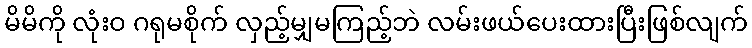
မိမိကို လုံးဝ ဂရုမစိုက် လှည့်မျှမကြည့်ဘဲ လမ်းဖယ်ပေးထားပြီးဖြစ်လျက်